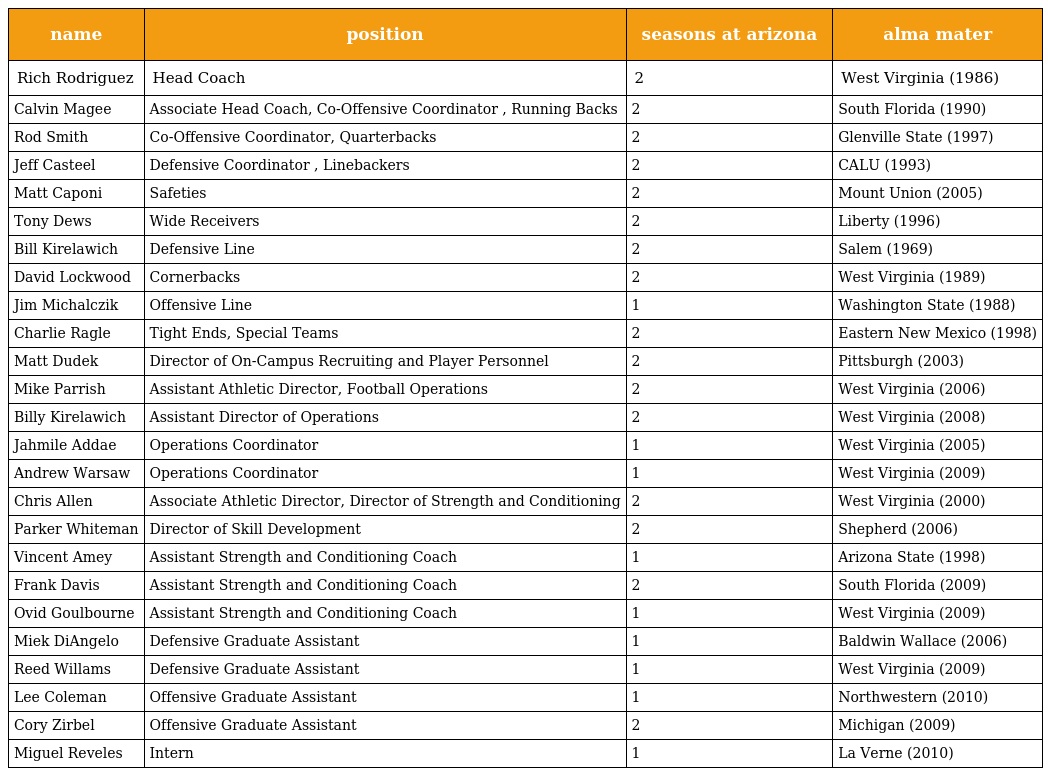
| name | position | seasons at arizona | alma mater |
 | --- | --- | --- | --- |
 | Rich Rodriguez | Head Coach | 2 | West Virginia (1986) |
 | Calvin Magee | Associate Head Coach, Co-Offensive Coordinator , Running Backs | 2 | South Florida (1990) |
 | Rod Smith | Co-Offensive Coordinator, Quarterbacks | 2 | Glenville State (1997) |
 | Jeff Casteel | Defensive Coordinator , Linebackers | 2 | CALU (1993) |
 | Matt Caponi | Safeties | 2 | Mount Union (2005) |
 | Tony Dews | Wide Receivers | 2 | Liberty (1996) |
 | Bill Kirelawich | Defensive Line | 2 | Salem (1969) |
 | David Lockwood | Cornerbacks | 2 | West Virginia (1989) |
 | Jim Michalczik | Offensive Line | 1 | Washington State (1988) |
 | Charlie Ragle | Tight Ends, Special Teams | 2 | Eastern New Mexico (1998) |
 | Matt Dudek | Director of On-Campus Recruiting and Player Personnel | 2 | Pittsburgh (2003) |
 | Mike Parrish | Assistant Athletic Director, Football Operations | 2 | West Virginia (2006) |
 | Billy Kirelawich | Assistant Director of Operations | 2 | West Virginia (2008) |
 | Jahmile Addae | Operations Coordinator | 1 | West Virginia (2005) |
 | Andrew Warsaw | Operations Coordinator | 1 | West Virginia (2009) |
 | Chris Allen | Associate Athletic Director, Director of Strength and Conditioning | 2 | West Virginia (2000) |
 | Parker Whiteman | Director of Skill Development | 2 | Shepherd (2006) |
 | Vincent Amey | Assistant Strength and Conditioning Coach | 1 | Arizona State (1998) |
 | Frank Davis | Assistant Strength and Conditioning Coach | 2 | South Florida (2009) |
 | Ovid Goulbourne | Assistant Strength and Conditioning Coach | 1 | West Virginia (2009) |
 | Miek DiAngelo | Defensive Graduate Assistant | 1 | Baldwin Wallace (2006) |
 | Reed Willams | Defensive Graduate Assistant | 1 | West Virginia (2009) |
 | Lee Coleman | Offensive Graduate Assistant | 1 | Northwestern (2010) |
 | Cory Zirbel | Offensive Graduate Assistant | 2 | Michigan (2009) |
 | Miguel Reveles | Intern | 1 | La Verne (2010) |